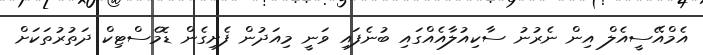
އެމްއޭސީއެލް އިން ނެރުނު ސާކިއުލާއެއްގައި ބުނެފައި ވަނީ މިއަދުން ފެށިގެން ޑޮމެސްޓިކް ދަތުރުތަކަށް